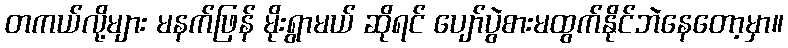
တကယ်လို့များ မနက်ဖြန် မိုးရွာမယ် ဆိုရင် ပျော်ပွဲစားမထွက်နိုင်ဘဲနေတော့မှာ။